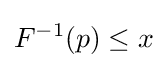
F^{-1}(p)\leq x